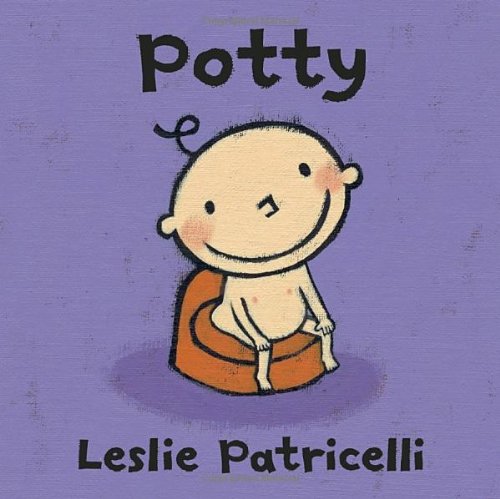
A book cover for Potty (Leslie Patricelli board books); Leslie Patricelli; Children's Books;